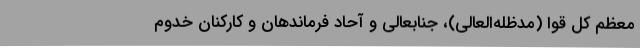
معظم کل قوا (مدظله‌العالی)، جنابعالی و آحاد فرماندهان و کارکنان خدوم